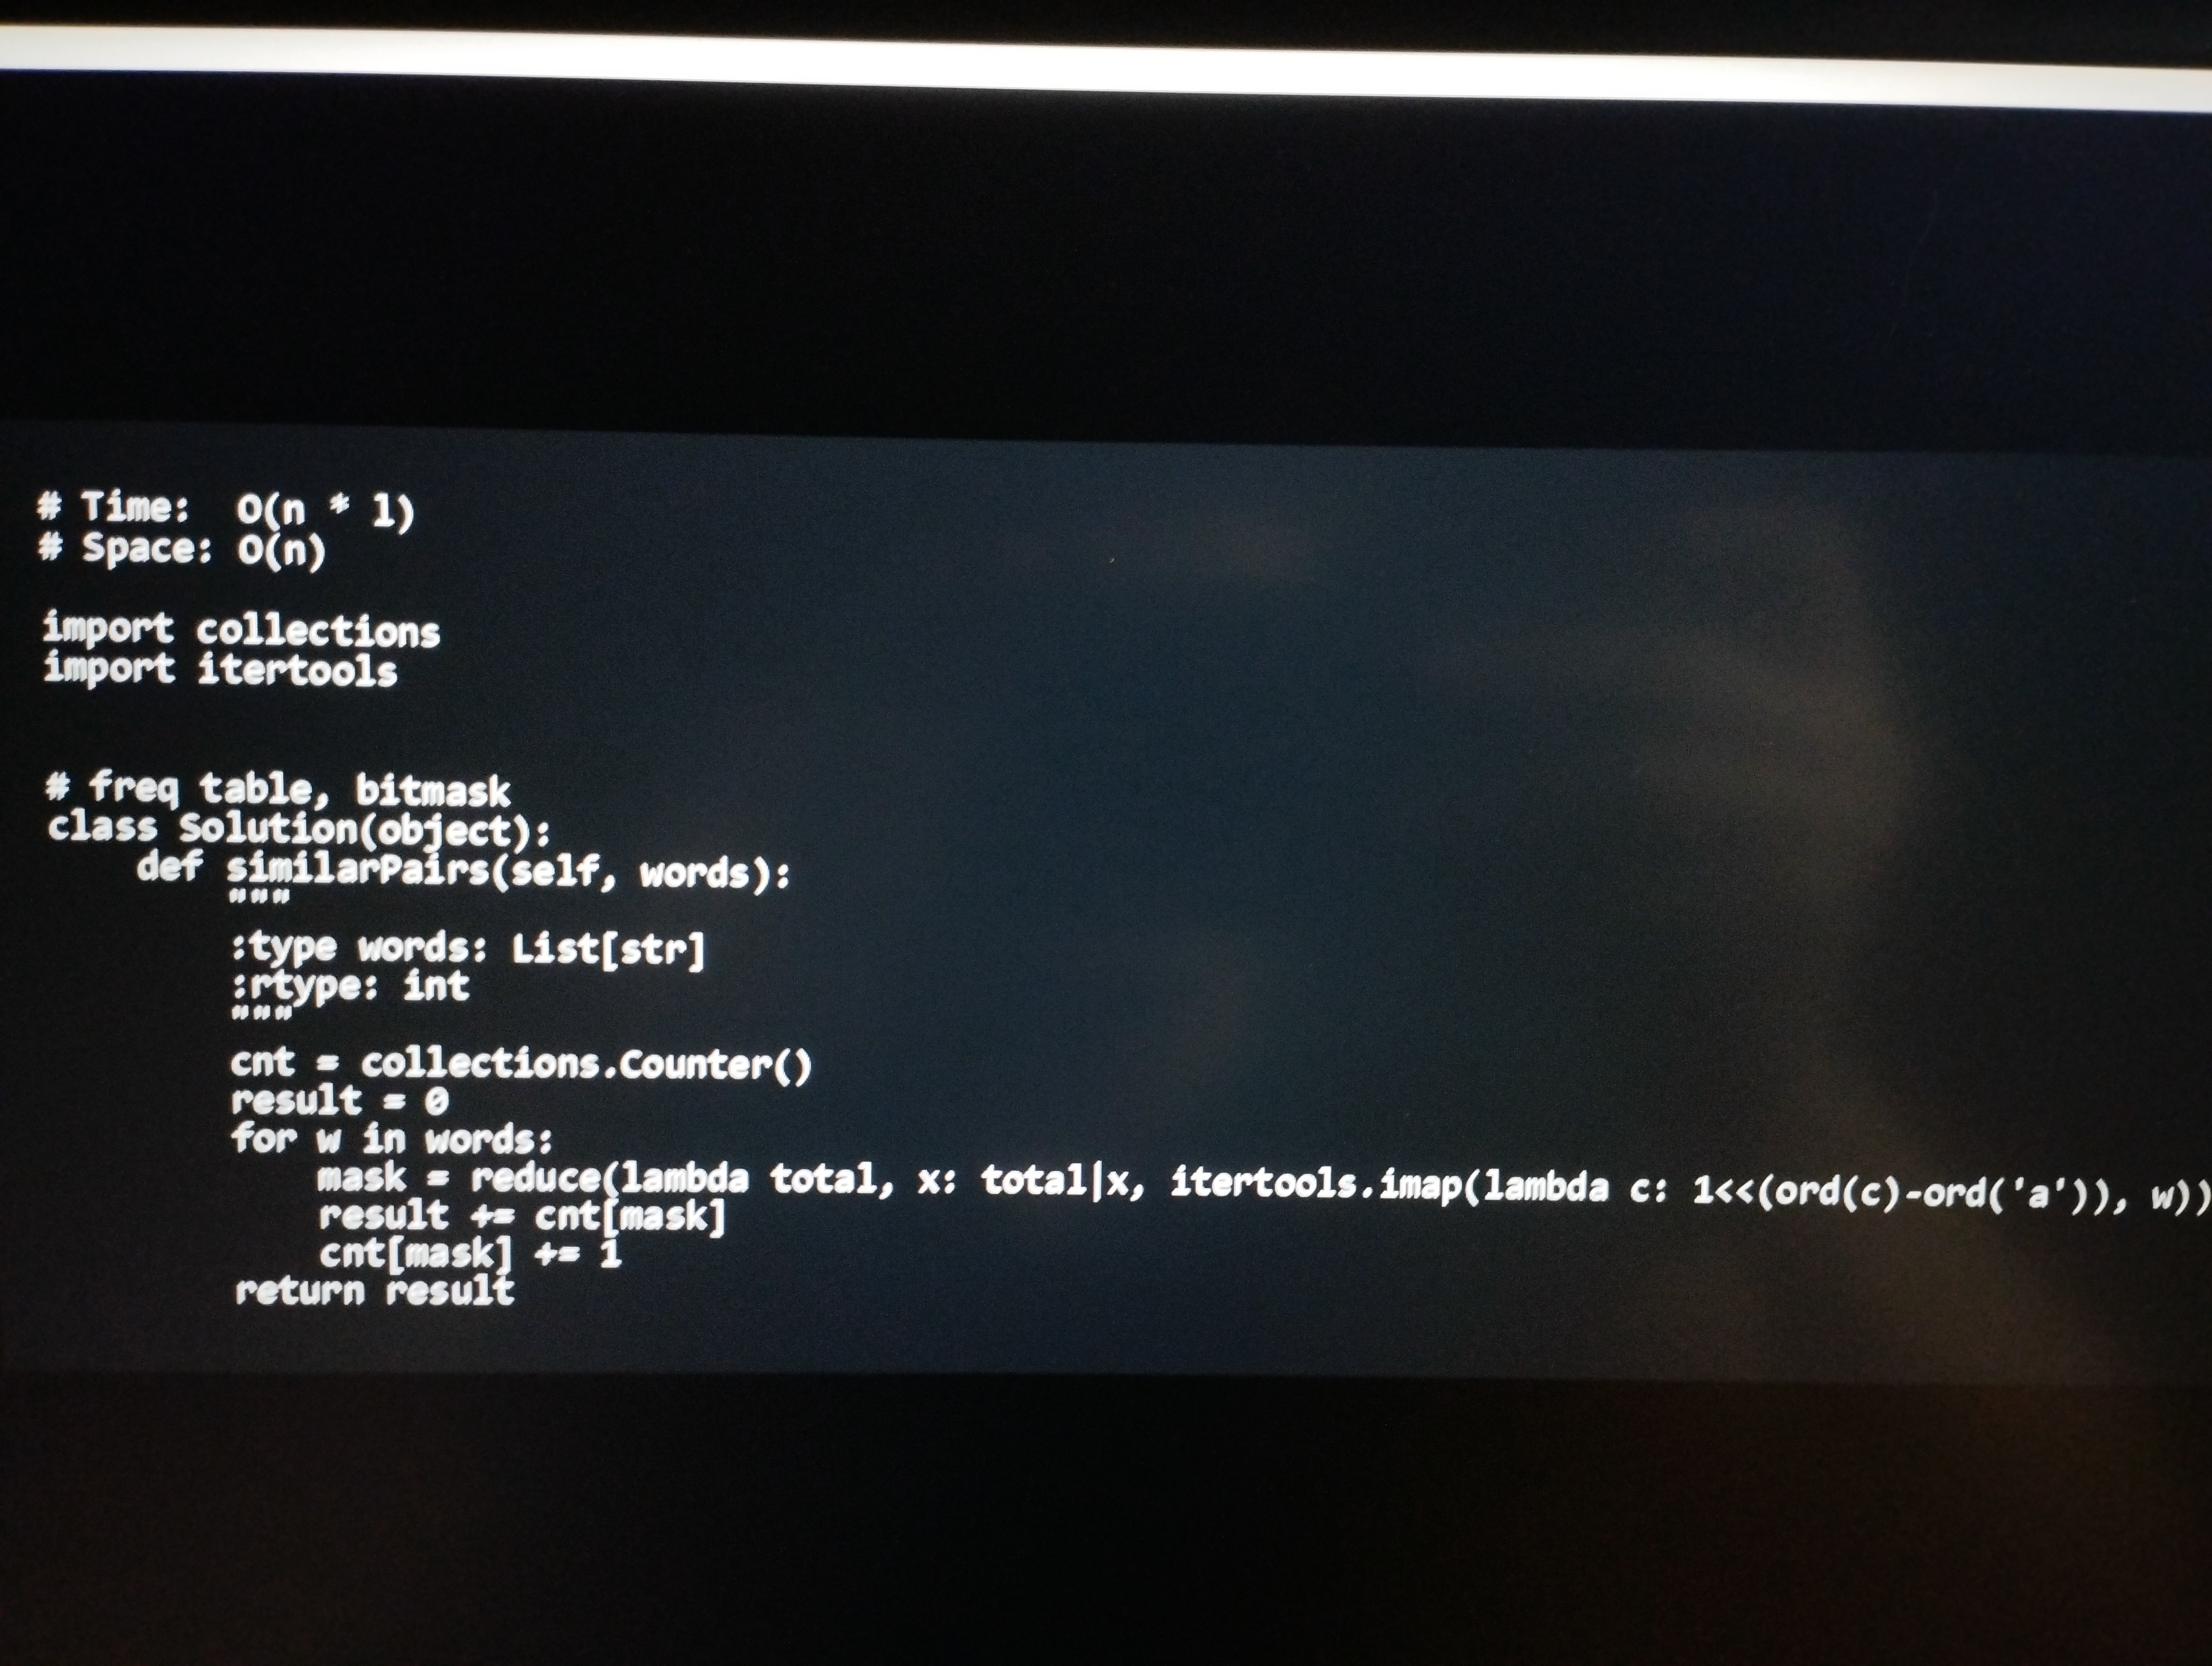
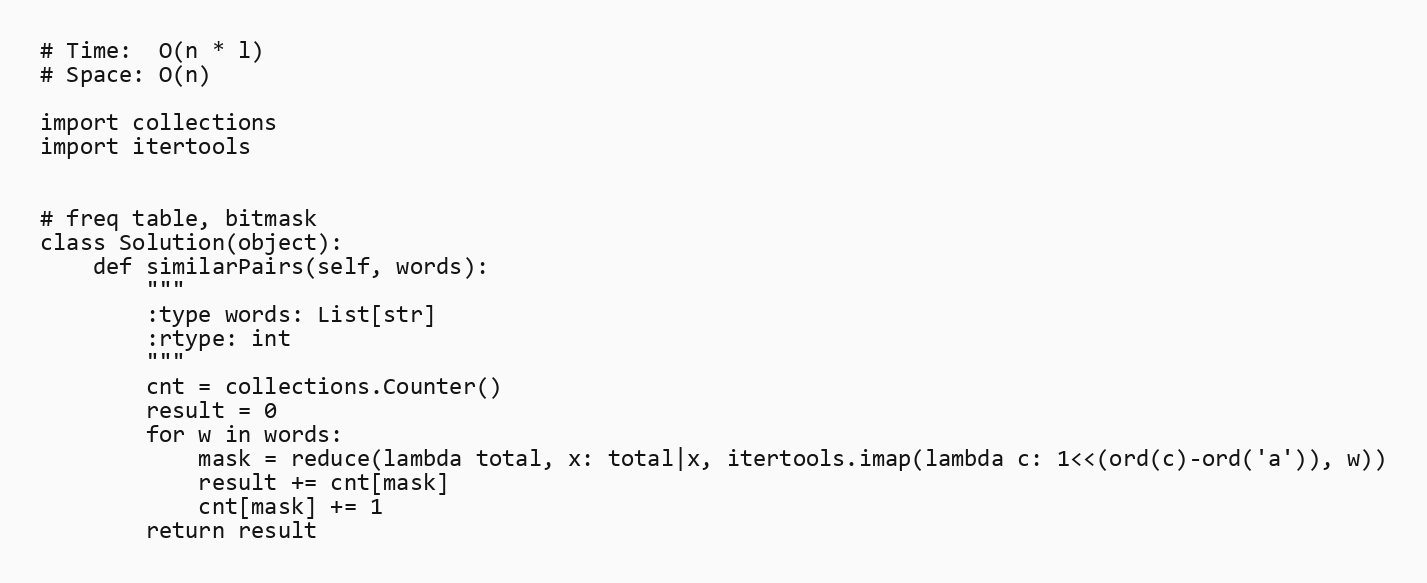
# Time:  O(n * l)
# Space: O(n)

import collections
import itertools

# freq table, bitmask
class Solution(object):
    def similarPairs(self, words):
        """
        :type words: List[str]
        :rtype: int
        """
        cnt = collections.Counter()
        result = 0
        for w in words:
            mask = reduce(lambda total, x: total|x, itertools.imap(lambda c: 1<<(ord(c)-ord('a')), w))
            result += cnt[mask]
            cnt[mask] += 1
        return result